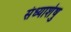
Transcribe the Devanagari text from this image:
संध्याशेषु